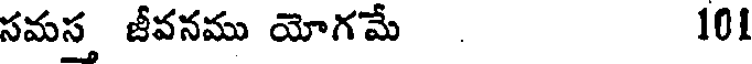
సమస జీవనము యోగమే . 101